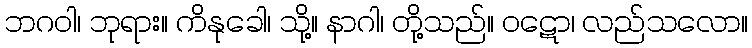
ဘဂဝါ၊ ဘုရား။ ကိနုခေါ၊ သို့။ နာဂါ၊ တို့သည်။ ဝဋော၊ လည်သလော။